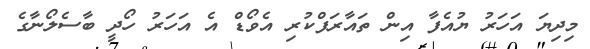
މިދިޔަ އަހަރު ޔުއެފާ އިން ތައާރަފްކުރި އެވޯޑް އެ އަހަރު ހޯދީ ބާސެލޯނާގެ